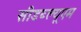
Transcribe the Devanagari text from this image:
सीडब्ल्यूएम